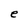
Character: e